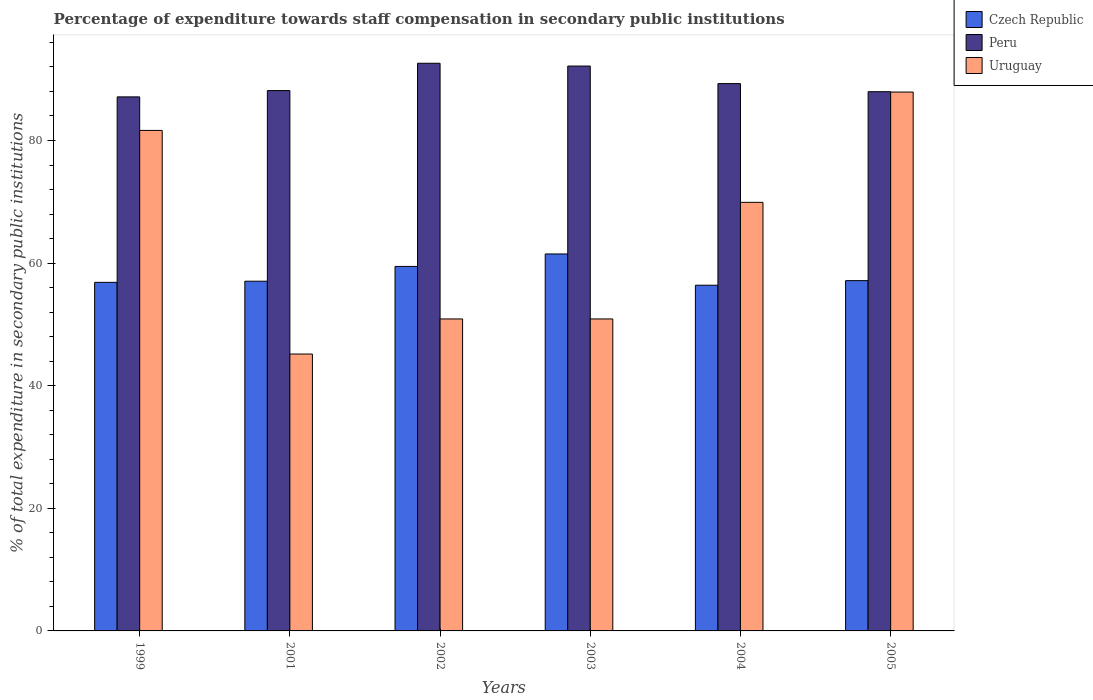
| Years | Czech Republic | Peru | Uruguay |
 | --- | --- | --- | --- |
 | 1999 | 56.9 | 87.1 | 81.6 |
 | 2001 | 57 | 88.1 | 45.2 |
 | 2002 | 59.5 | 92.6 | 50.9 |
 | 2003 | 61.5 | 92.1 | 50.9 |
 | 2004 | 56.4 | 89.3 | 69.9 |
 | 2005 | 57.1 | 88 | 87.9 |